画像に写った文字を読んでください
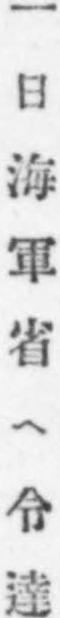
「一日海軍省ヘ令達」と書いてあります